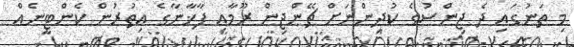
މި ތަނުގައި ދެ ޖިންސުގެ ކުދިންނަށް ޗޭންޖިން ރޫމާއި ފާޚާނާގެ އިތުރުން ކެންޓީނެއް